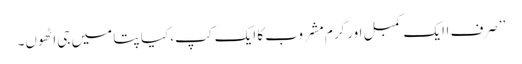
’’صرف اایک کمبل اور گرم مشروب کا ایک کپ، کیا پتا میں جی اٹھوں۔